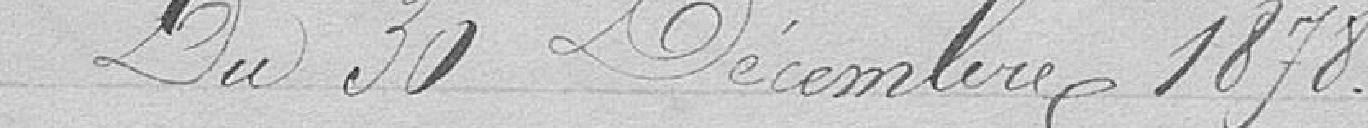
Du 30 Décembre 1878